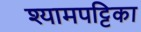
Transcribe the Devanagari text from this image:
श्यामपट्टिका